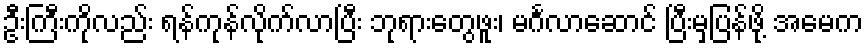
ဦးကြီးကိုလည်း ရန်ကုန်လိုက်လာပြီး ဘုရားတွေဖူး၊ မင်္ဂလာဆောင် ပြီးမှပြန်ဖို့ အမေက